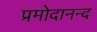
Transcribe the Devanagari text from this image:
प्रमोदानन्द